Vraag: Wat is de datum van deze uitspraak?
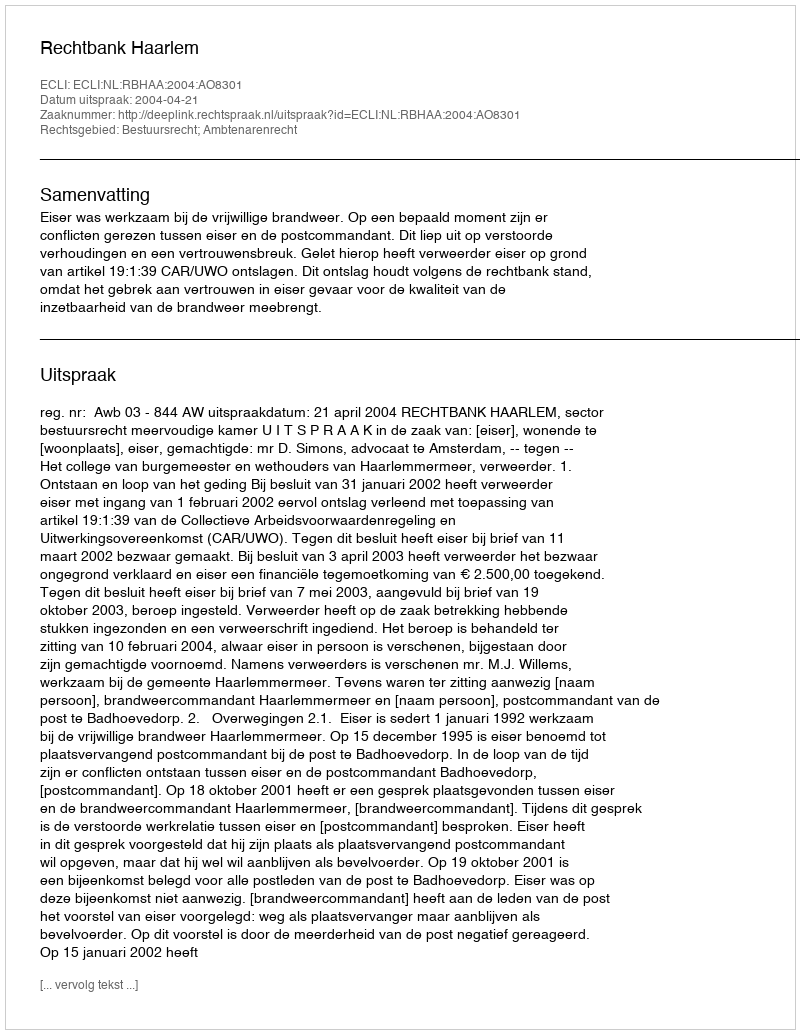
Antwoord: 2004-04-21